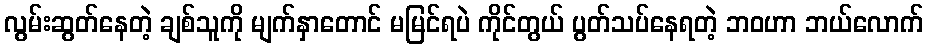
လွမ်းဆွတ်နေတဲ့ ချစ်သူကို မျက်နှာတောင် မမြင်ရပဲ ကိုင်တွယ် ပွတ်သပ်နေရတဲ့ ဘဝဟာ ဘယ်လောက်